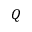
Q